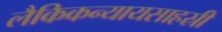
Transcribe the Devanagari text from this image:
लैकिकन्यायसाहस्री